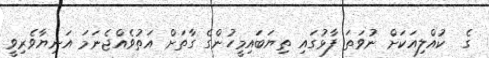
ގެ  ކުއްލިއަކަށް ނުވަތަ ފާޅުގައި ތިޔަބައިމީހުންގެ ގާތަށް އަތުވެއްޖެނަމަ އަނިޔާވެރިވީ